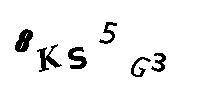
8KS5G3